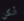
أنكن